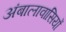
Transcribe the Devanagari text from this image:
अंबालावासियों